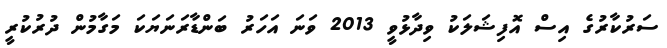
ސަރުކާރުގެ އިސް އޮފިޝަލަކު ވިދާޅުވީ 2013 ވަނަ އަހަރު ބަންޑާރަނަޔަކަ މަގާމުން ދުރުކުރީ